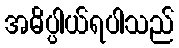
အဓိပ္ပါယ်ရပါသည်